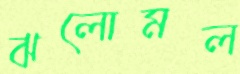
ঝলোমল